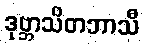
ဒုဗ္ဘာသိတဘာသီ